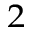
_ 2